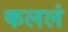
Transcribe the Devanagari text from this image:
कललं